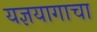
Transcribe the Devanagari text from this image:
यज्ञयागाचा